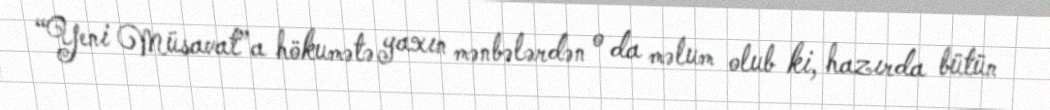
“Yeni Müsavat”a hökumətə yaxın mənbələrdən o da məlum olub ki, hazırda bütün